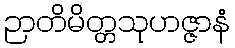
ဉာတိမိတ္တသုဟဇ္ဇာနံ